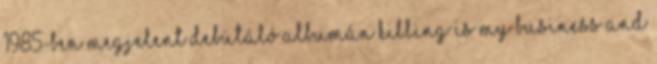
1985-ben megjelent debütáló albumán Killing Is My Business and